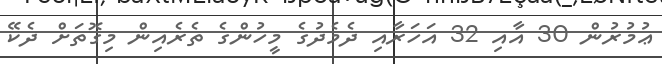
ޢުމުރުން 30 އާއި 32 އަހަރާއި ދެމެދުގެ މީހުންގެ ތެރެއިން މިގޮތަށް ދެކޭ